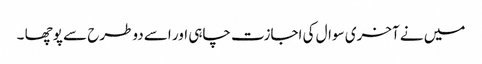
میں نے آخری سوال کی اجازت چاہی اور اسے دوطرح سے پوچھا ۔